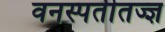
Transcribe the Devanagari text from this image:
वनस्पतीतज्ज्ञ